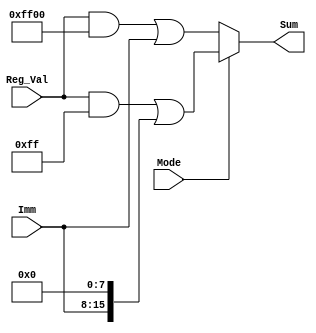
module LB(Sum,Reg_Val,Imm,Mode);
input Mode; // 1'b0 for LLB, 1'b1 for LHB
input [7:0] Imm;
input [15:0] Reg_Val;
output [15:0] Sum;

localparam L_Imm = 16'hFF00;
localparam H_Imm = 16'h00FF;

assign Sum = (Mode) ? ((Reg_Val & H_Imm) | (Imm << 8))	: ((Reg_Val & L_Imm) | Imm);
endmodule